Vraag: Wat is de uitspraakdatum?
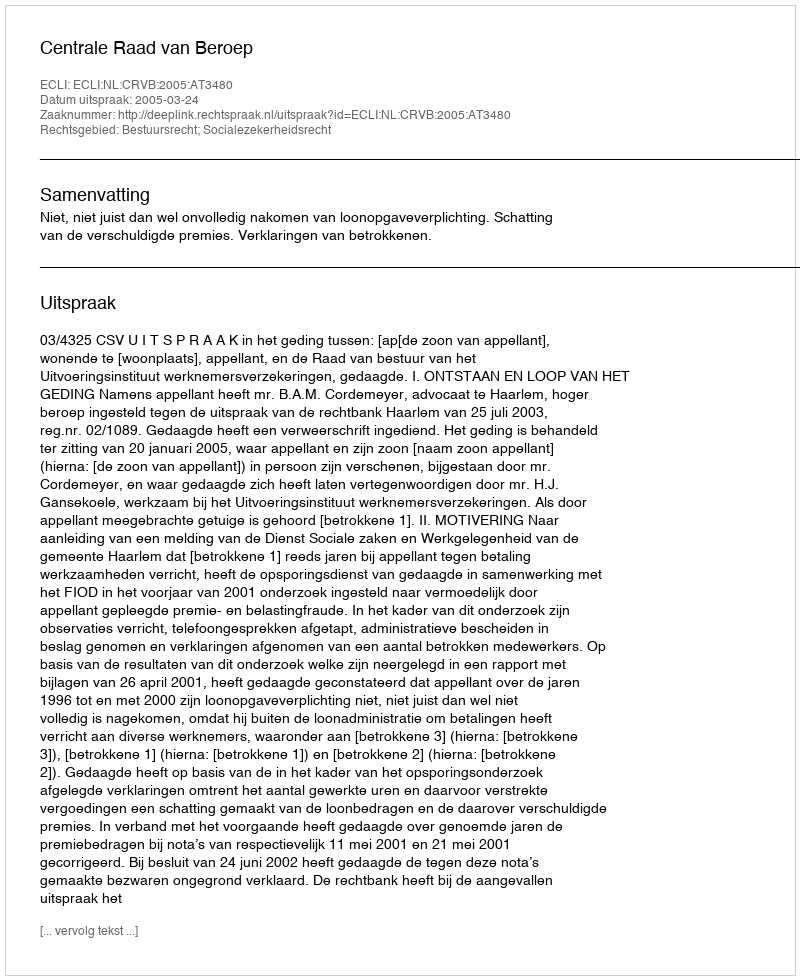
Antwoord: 2005-03-24